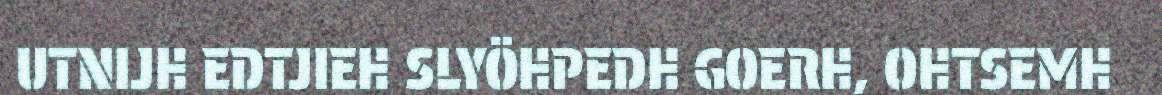
UTNIJH EDTJIEH SLYÖHPEDH GOERH, OHTSEMH